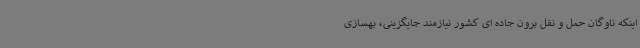
اینکه ناوگان حمل و نقل برون جاده ای کشور نیازمند جایگزینی، بهسازی